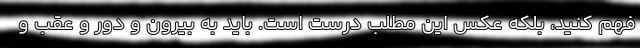
فهم کنید، بلکه عکس این مطلب درست است. باید به بیرون و دور و عقب و